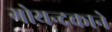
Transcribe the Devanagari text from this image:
गोयन्‍दकाने